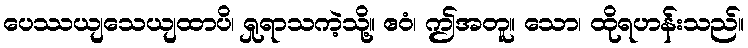
ပေဿယျသေယျထာပိ၊ ရှုရာသကဲ့သို့။ ဧဝံ၊ ဤအတူ။ သော၊ ထိုရဟန်းသည်။